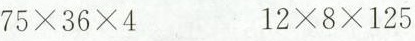
$$7 5 \times 3 6 \times 4$$ $$1 2 \times 8 \times 1 2 5$$